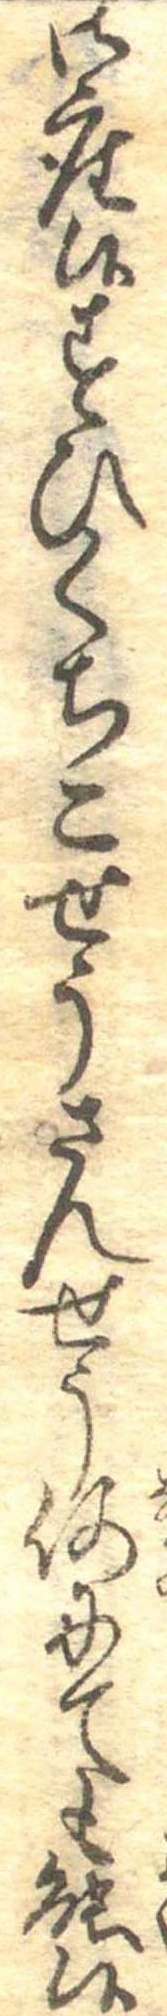
御座候すひくちこせうさんせう何にても能候